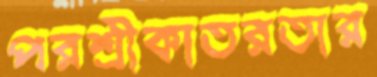
পরশ্রীকাতরতার